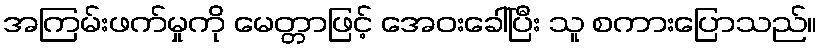
အကြမ်းဖက်မှုကို မေတ္တာဖြင့် အေဝးခေါ်ပြီး သူ စကားပြောသည်။